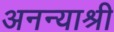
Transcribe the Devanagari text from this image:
अनन्याश्री